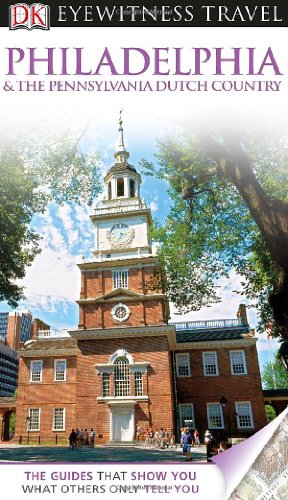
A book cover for DK Eyewitness Travel Guide: Philadelphia  &  The Pennsylvania Dutch Country; Richard Varr; Travel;